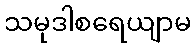
သမုဒါစရေယျာမ